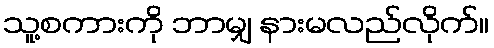
သူ့စကားကို ဘာမျှ နားမလည်လိုက်။